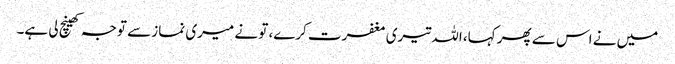
میں نے اس سے پھر کہا، اللہ تیری مغفرت کرے، تو نے میری نماز سے توجہ کھینچ لی ہے۔